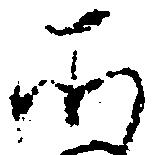
そ